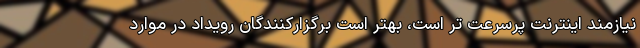
نیازمند اینترنت پرسرعت تر است، بهتر است برگزارکنندگان رویداد در موارد